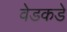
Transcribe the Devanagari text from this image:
वेडकडे